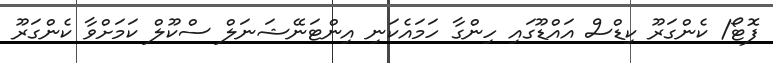
ފޮޓޯ/ ކެންގަރޫ ކިޑްސް އައްޑޫގައި ހިންގާ ހަމައެކަނި އިންޓަނޭޝަނަލް ސްކޫލް ކަމަށްވާ ކެންގަރޫ